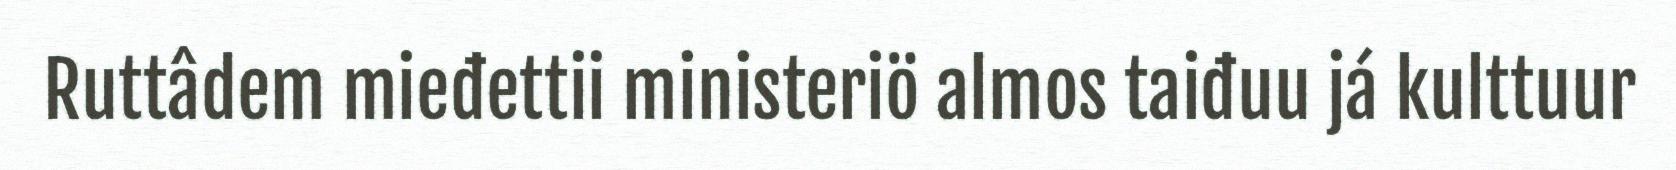
Ruttâdem mieđettii ministeriö almos taiđuu já kulttuur